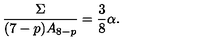
\frac { \Sigma } { ( 7 - p ) A _ { 8 - p } } = \frac { 3 } { 8 } \alpha .